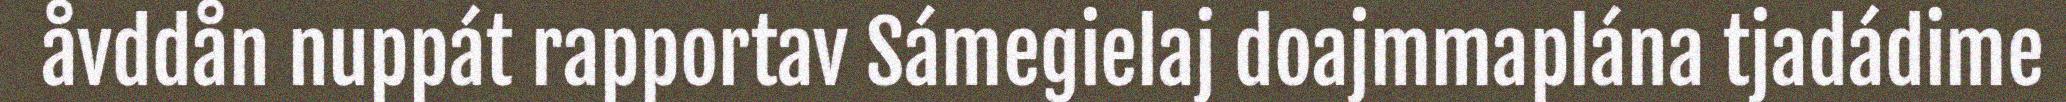
åvddån nuppát rapportav Sámegielaj doajmmaplána tjadádime